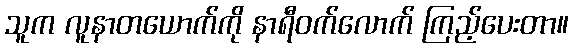
သူက လူနာတယောက်ကို နာရီဝက်လောက် ကြည့်ပေးတာ။